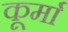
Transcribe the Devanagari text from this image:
कूर्मा